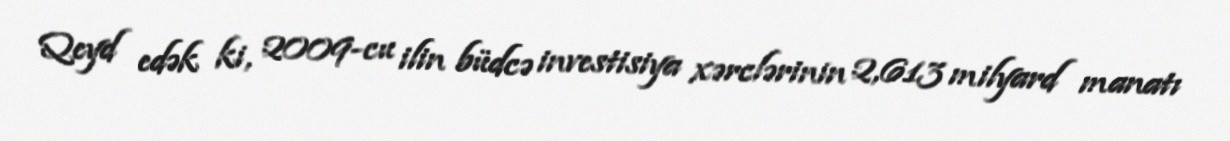
Qeyd edək ki, 2009-cu ilin büdcə investisiya xərclərinin 2,613 milyard manatı